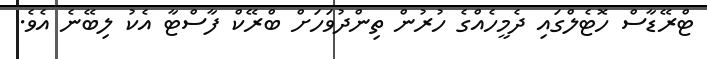
ޓްރޭޑާސް ހޮޓެލްގައި ދެމީހެއްގެ ހުރުން ތިންދުވަހަށް ބްރޭކް ފާސްޓާ އެކު ލިބޭނެ އެވެ.